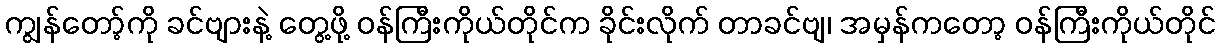
ကျွန်တော့်ကို ခင်ဗျားနဲ့ တွေ့ဖို့ ဝန်ကြီးကိုယ်တိုင်က ခိုင်းလိုက် တာခင်ဗျ၊ အမှန်ကတော့ ဝန်ကြီးကိုယ်တိုင်